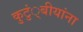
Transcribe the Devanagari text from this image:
कुटुं्बीयांना